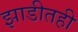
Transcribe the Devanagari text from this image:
झाडीतही